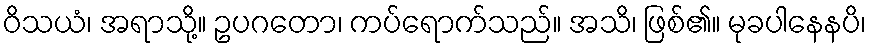
ဝိသယံ၊ အရာသို့။ ဥပဂတော၊ ကပ်ရောက်သည်။ အသိ၊ ဖြစ်၏။ မုခပါနေနပိ၊